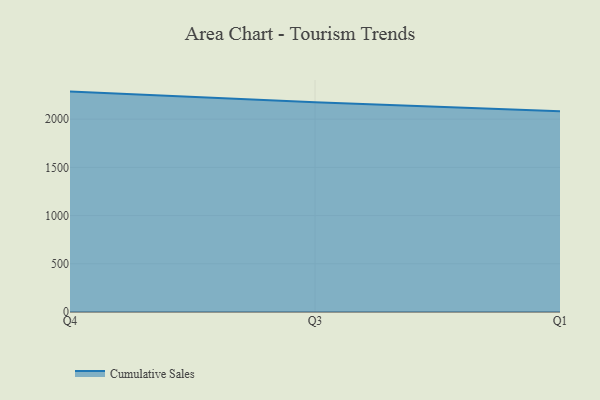
{"axis": {"x": "Quarter", "y": "Revenue (USD Million)"}, "legend": ["Cumulative Sales"], "data": [{"x": "Q4", "y": 2286.0, "type": "Cumulative Sales"}, {"x": "Q3", "y": 2174.9, "type": "Cumulative Sales"}, {"x": "Q1", "y": 2082.6, "type": "Cumulative Sales"}]}